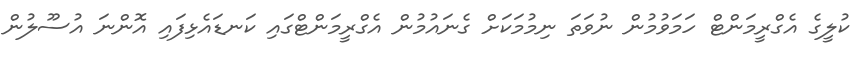
ކުލީގެ އެގްރީމަންޓް ހަމަވުމުން ނުވަތަ ނިމުމަކަށް ގެނައުމުން އެގްރީމަންޓްގައި ކަނޑައެޅިފައި އޮންނަ އުސޫލުން